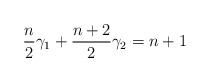
LaTeX: \begin{align*}\frac{n}{2}\gamma_{1} + \frac{n+2}{2}\gamma_{2} &=n+1\\\end{align*}